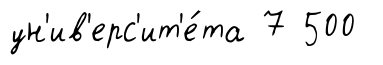
ун'ив'ерс'ит'е́та 7 500